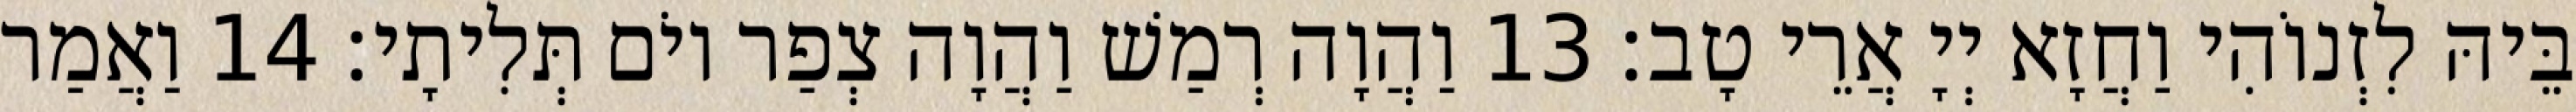
בֵּיהּ לִזְנוֹהִי וַחֲזָא יְיָ אֲרֵי טָב׃ 13 וַהֲוָה רְמַשׁ וַהֲוָה צְפַר יוֹם תְּלִיתָי׃ 14 וַאֲמַר